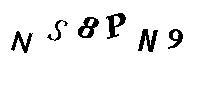
NS8PN9